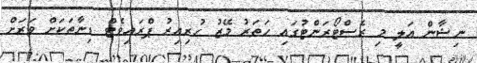
ނިޝާން އަލީ މި ރެސްޓޯރަންޓުގައި ހަތަރު މޭޒު ހުރިއިރު ޕްރައިވެޓް ޑިނާތަކަށް ވަރަށް